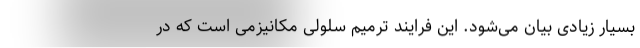
بسیار زیادی بیان می‌شود. این فرایند ترمیم سلولی مکانیزمی است که در